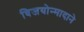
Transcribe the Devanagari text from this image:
विजयोन्मादाने